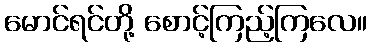
မောင်ရင်တို့ စောင့်ကြည့်ကြလေ။